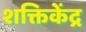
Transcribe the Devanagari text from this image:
शक्तिकेंद्र